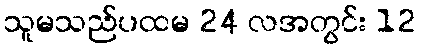
သူမသည်ပထမ 24 လအတွင်း 12